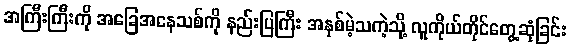
အကြီးကြီးကို အခြေအနေသစ်ကို နည်းပြကြီး အနှစ်မဲ့သကဲ့သို့ လူကိုယ်တိုင်တွေ့ဆုံခြင်း